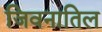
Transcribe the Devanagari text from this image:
जिवनातिल